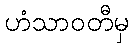
ဟံသာဝတီမှ